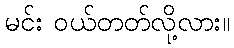
မင်း ဝယ်တတ်လို့လား။